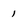
Character: 1